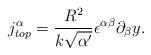
LaTeX: \begin{align*}j_{top}^\alpha = \frac{R^2}{k \sqrt{\alpha^\prime}} \epsilon^{\alpha \beta} \partial_\beta y .\end{align*}